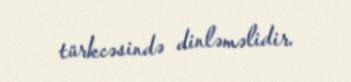
türkcəsində dinləməlidir.